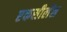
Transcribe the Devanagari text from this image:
एकसीलेंस